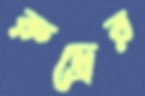
রুদ্রের